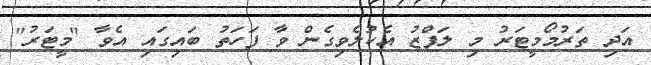
އަދި ތަރުމޯމީޓަރު މި ލަފްޒު އެކުލެވިގެން ވާ ފަހަތު ބައިގައި އެވާ "މީޓަރު"